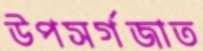
উপসর্গজাত